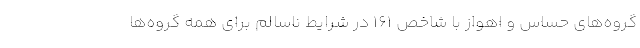
گروه‌های حساس و اهواز با شاخص 161 در شرایط ناسالم برای همه گروه‌ها